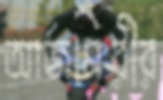
আজমিরীর